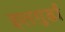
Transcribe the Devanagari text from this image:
इलगुर्डा